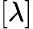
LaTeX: [\lambda]